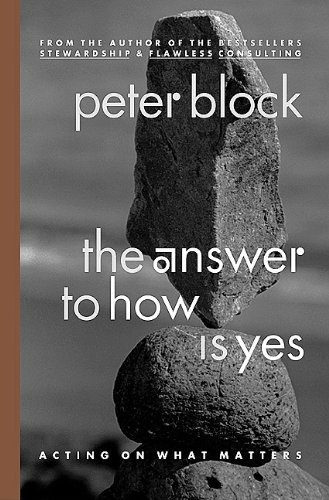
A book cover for The Answer to How Is Yes: Acting on What Matters; Peter Block; Business & Money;